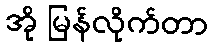
အို မြန်လိုက်တာ